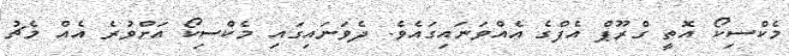
މެކްސިކޯ އޮތީ ގްރޫޕް އެފްގެ އެއްވަނައިގައެވެ. ދެވަނައިގައި މެކްސިކޯ އަށްވުރެ އެއް މެޗު